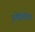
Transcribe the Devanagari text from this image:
इगेलिनिन